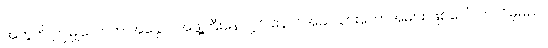
အတွက် ဤမျှလောက် အနှောင်အဖွဲ့ကြီးနေလျှင် နောင်အခါ သားတော်အများ ဖြစ်ပေါ် လာလိမ့်မည်။